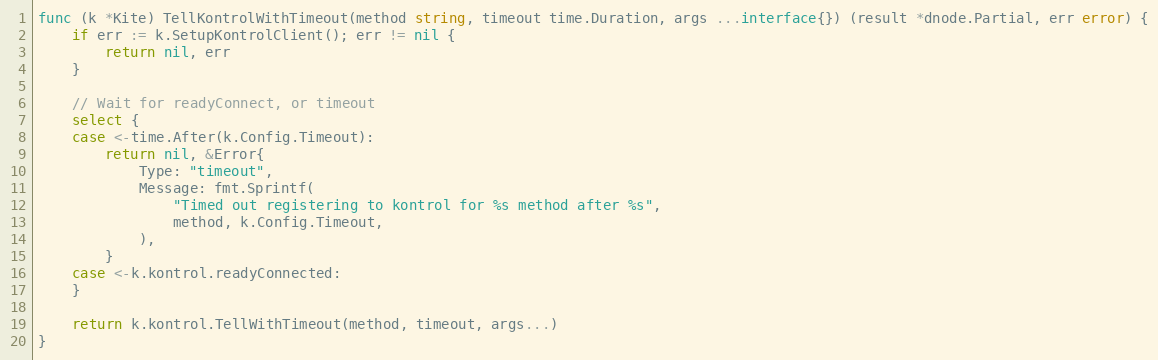
Language: Go
func (k *Kite) TellKontrolWithTimeout(method string, timeout time.Duration, args ...interface{}) (result *dnode.Partial, err error) {
	if err := k.SetupKontrolClient(); err != nil {
		return nil, err
	}

	// Wait for readyConnect, or timeout
	select {
	case <-time.After(k.Config.Timeout):
		return nil, &Error{
			Type: "timeout",
			Message: fmt.Sprintf(
				"Timed out registering to kontrol for %s method after %s",
				method, k.Config.Timeout,
			),
		}
	case <-k.kontrol.readyConnected:
	}

	return k.kontrol.TellWithTimeout(method, timeout, args...)
}